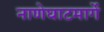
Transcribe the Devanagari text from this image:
नाणेघाटमार्गे